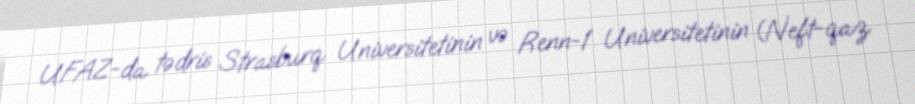
UFAZ-da tədris Strasburq Universitetinin və Renn-1 Universitetinin (Neft-qaz